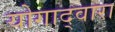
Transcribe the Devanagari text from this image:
योगाद्वारा